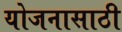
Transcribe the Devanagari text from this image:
योजनासाठी